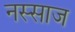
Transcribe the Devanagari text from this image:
नस्साज